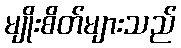
မျိုးစိတ်များသည်